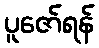
ပူဇော်ရန်